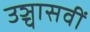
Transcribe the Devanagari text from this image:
उञ्चासवीं